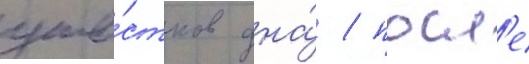
уча́стков дна́ / посл'е